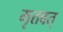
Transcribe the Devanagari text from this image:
मृतवत्‌